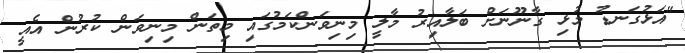
"އަޅުގަނޑު މުޅި ގާނޫނަށް ބަލާއިރު މާލީ މިނިވަންކަމުގައި މިތަން މިނިވަން ކުރުން އެއީ